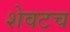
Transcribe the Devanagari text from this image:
शेवटच